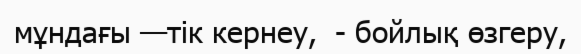
мұндағы —тік кернеу,  - бойлық өзгеру,